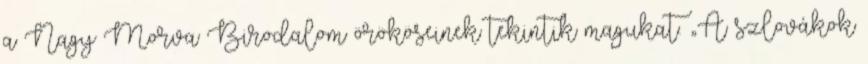
a Nagy Morva Birodalom örököseinek tekintik magukat. „A szlovákok